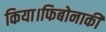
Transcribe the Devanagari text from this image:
किया।फिबोनाकी